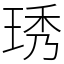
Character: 琇